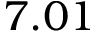
7 . 0 1